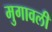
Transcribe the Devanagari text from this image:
मुगावली